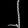
Digit: ၂